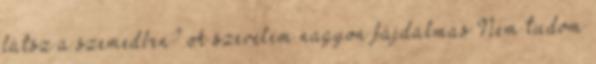
látsz a szemedben? A szerelem nagyon fájdalmas Nem tudom